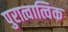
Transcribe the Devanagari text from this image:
पुरात्वात्विक